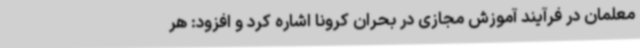
معلمان در فرآیند آموزش مجازی در بحران کرونا اشاره کرد و افزود: هر